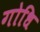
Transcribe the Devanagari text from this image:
गोधि